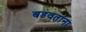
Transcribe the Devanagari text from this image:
बडवतांना